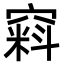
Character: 窲